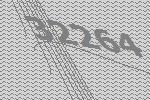
32264